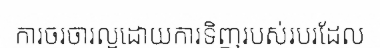
ការចរចារល្អដោយការទិញរបស់របរដែល